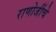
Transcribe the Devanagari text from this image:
राणोजींचे